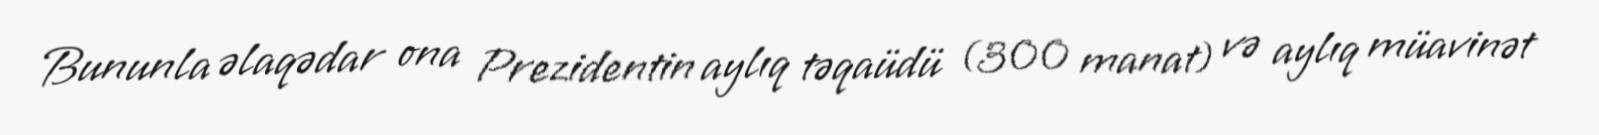
Bununla əlaqədar ona Prezidentin aylıq təqaüdü (300 manat) və aylıq müavinət